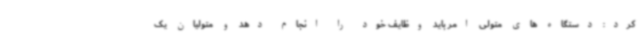
کرد: دستگاه های متولی امر باید وظایف خود را انجام دهد و متولیان یک